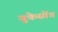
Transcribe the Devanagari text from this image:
वुकेसोंग